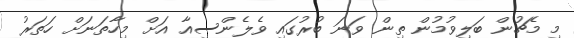
މި މެޗުން ބަލިވުމުން ތިން ވަނަ ބުރުގައި ވެލެންސިއާ އަށް މިހާތަނަށް ހަތަރު